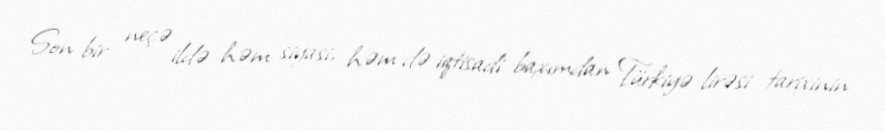
Son bir neçə ildə həm siyasi, həm də iqtisadi baxımdan Türkiyə lirəsi tarixinin